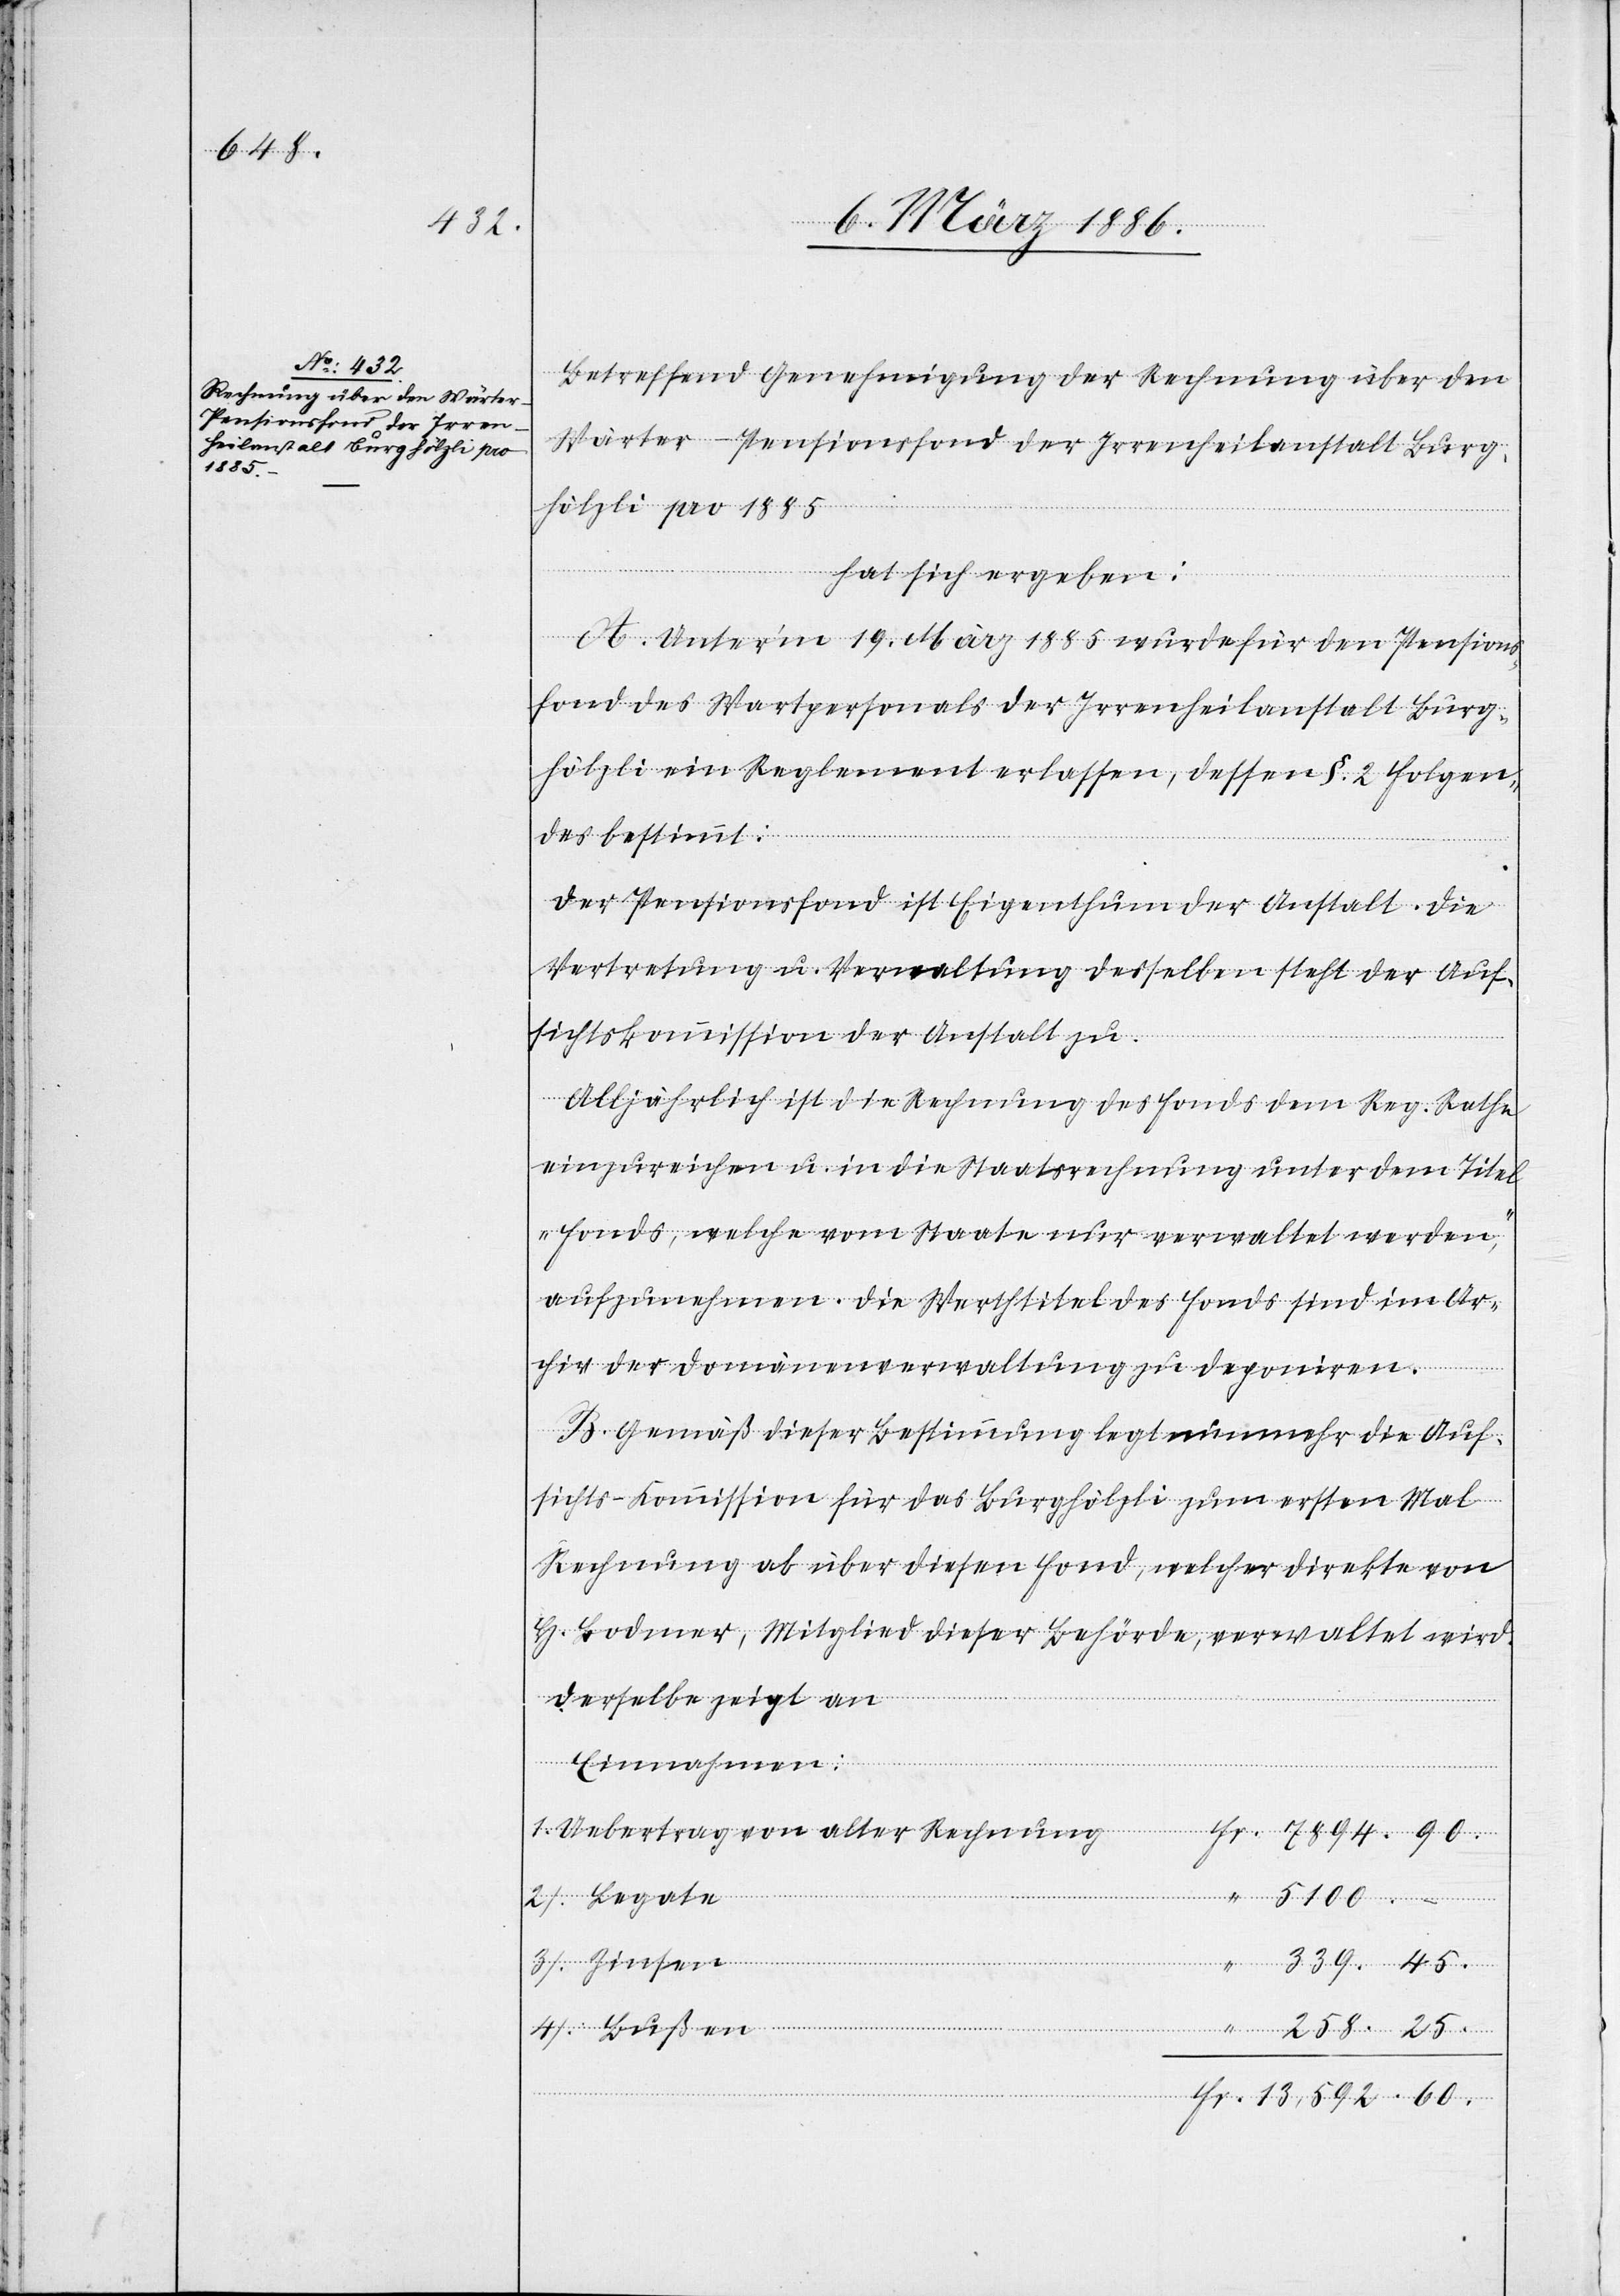
258.
r-Pensionsfond der Irren¬
heilanstalt Burghölzli pro
25.

Betreffend Genehmigung der Rechnung über den
hat sich ergeben:
A. Unter’m 19. März 1885 wurde für den Pensions¬
fond des Wartpersonals der Irrenheilanstalt Burg¬
hölzli ein Reglement erlassen, dessen §. 2 folgen¬
des bestimmt:
Der Pensionsfond ist Eigenthum der Anstalt. Die
Vertretung u. Verwaltung desselben steht der Auf¬
sichtskommission der Anstalt zu.
Alljährlich ist die Rechnung des Fonds dem Reg. Rathe
einzureichen u. in die Staatsrechnung unter dem Titel
„Fonds, welche vom Staate nur verwaltet werden“,
aufzunehmen. Die Werthtitel des Fonds sind im Ar¬
chiv der Domänenverwaltung zu deponiren.
B. Gemäß dieser Bestimmung legt nunmehr die Auf¬
sichts-Kommission für das Burghölzli zum ersten mal
Rechnung ab über diesen Fond, welcher direkte von
H. Bodmer, Mitglied dieser Behörde, verwaltet wird.
Fr.
Derselbe zeigt an:
Einnahmen:
Uebertrag von alter Rechnung
Bußen